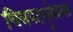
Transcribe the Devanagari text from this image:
चित्रपटशृंखला